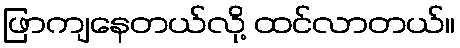
ဖြာကျနေတယ်လို့ ထင်လာတယ်။